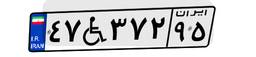
۴۷W۳۷۲۹۵